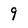
Character: 9